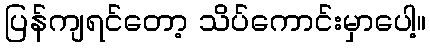
ပြန်ကျရင်တော့ သိပ်ကောင်းမှာပေါ့။